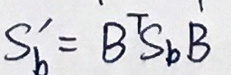
$S _ { b } ^ { \prime } = B ^ { T } S _ { b } B$